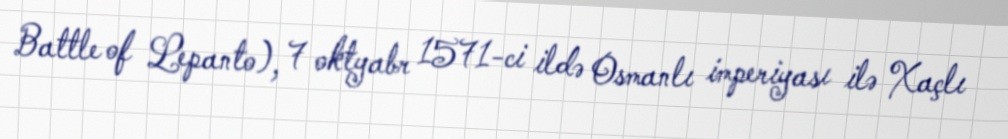
Battle of Lepanto), 7 oktyabr 1571-ci ildə Osmanlı imperiyası ilə Xaçlı